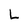
Character: L